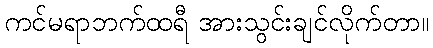
ကင်မရာဘက်ထရီ အားသွင်းချင်လိုက်တာ။